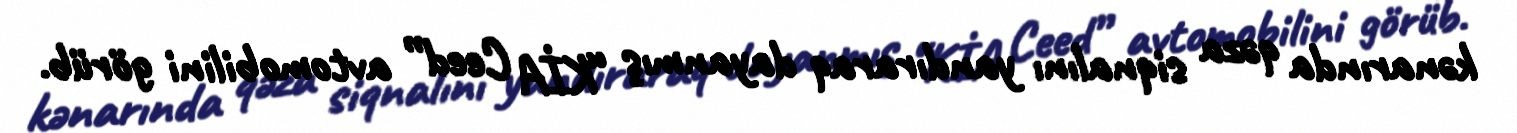
kənarında qəza siqnalını yandıraraq dayanmış “KİA Ceed” avtomobilini görüb.